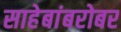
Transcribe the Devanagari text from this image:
साहेबांबरोबर